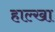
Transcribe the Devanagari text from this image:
हाल्खा